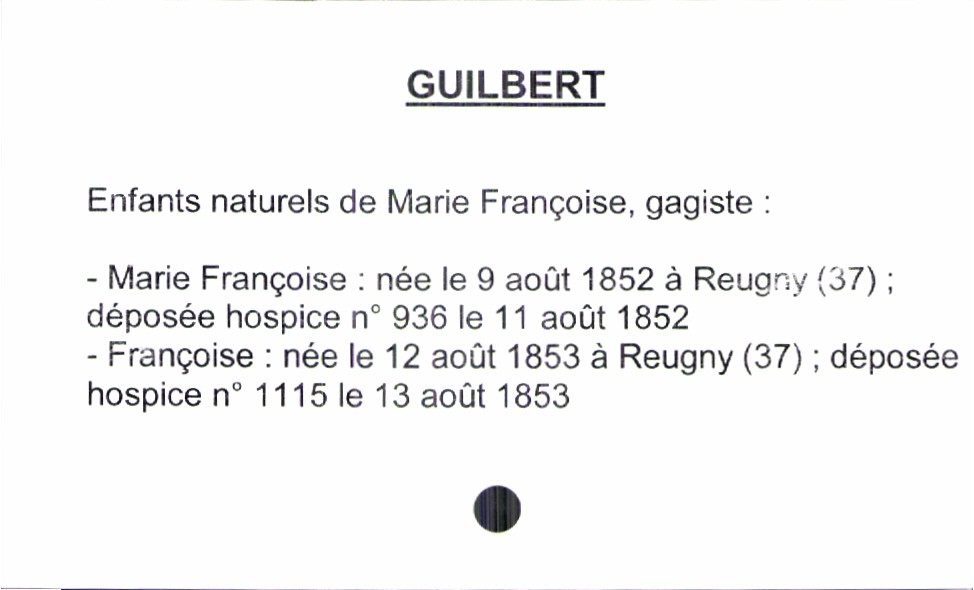
type_acte: Baptême
observations: Deux enfants déposés à l'hospice
filiation: fille
enfant_prénom: Françoise
enfant_date_de_naissance: 12 août 1853
enfant_lieu_de_naissance: Reugny (37)
mère_enfant_nom: Guilbert
mère_enfant_prénom: Marie Françoise
mère_enfant_profession: gagiste